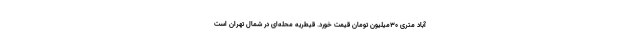
آباد متری 30میلیون تومان قیمت خورد. قیطریه محله‌ای در شمال تهران است